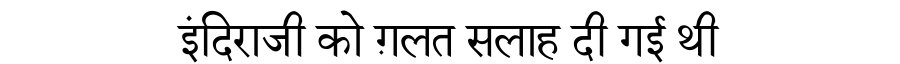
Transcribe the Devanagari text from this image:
इंदिराजी को ग़लत सलाह दी गई थी